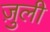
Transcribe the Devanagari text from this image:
ज़ुली